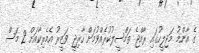
ގެ އާންމު މަޖިލީހުގައި ރާއްޖެ ތަމްސީލުކުރެއްވުމަށް ހާރިޖީ ވަޒީރު އެމެރިކާއަށް 2 މަސް